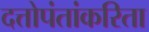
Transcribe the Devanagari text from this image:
दत्तोपंतांकरिता